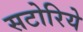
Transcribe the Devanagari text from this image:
सटोरिये